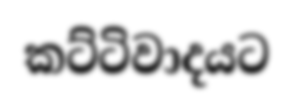
කට්ටිවාදයට